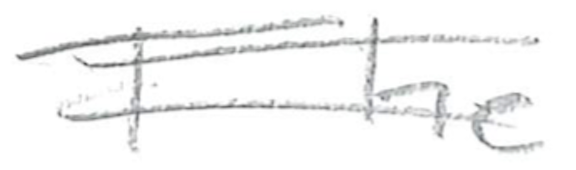
Text: The
Cross-out: double-line
Writing tool: pencil